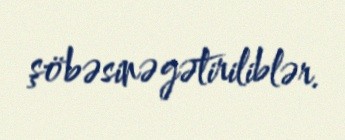
şöbəsinə gətiriliblər.